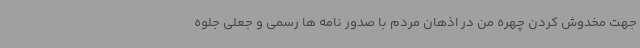
جهت مخدوش کردن چهره من در اذهان مردم با صدور نامه ها رسمی و جعلی جلوه